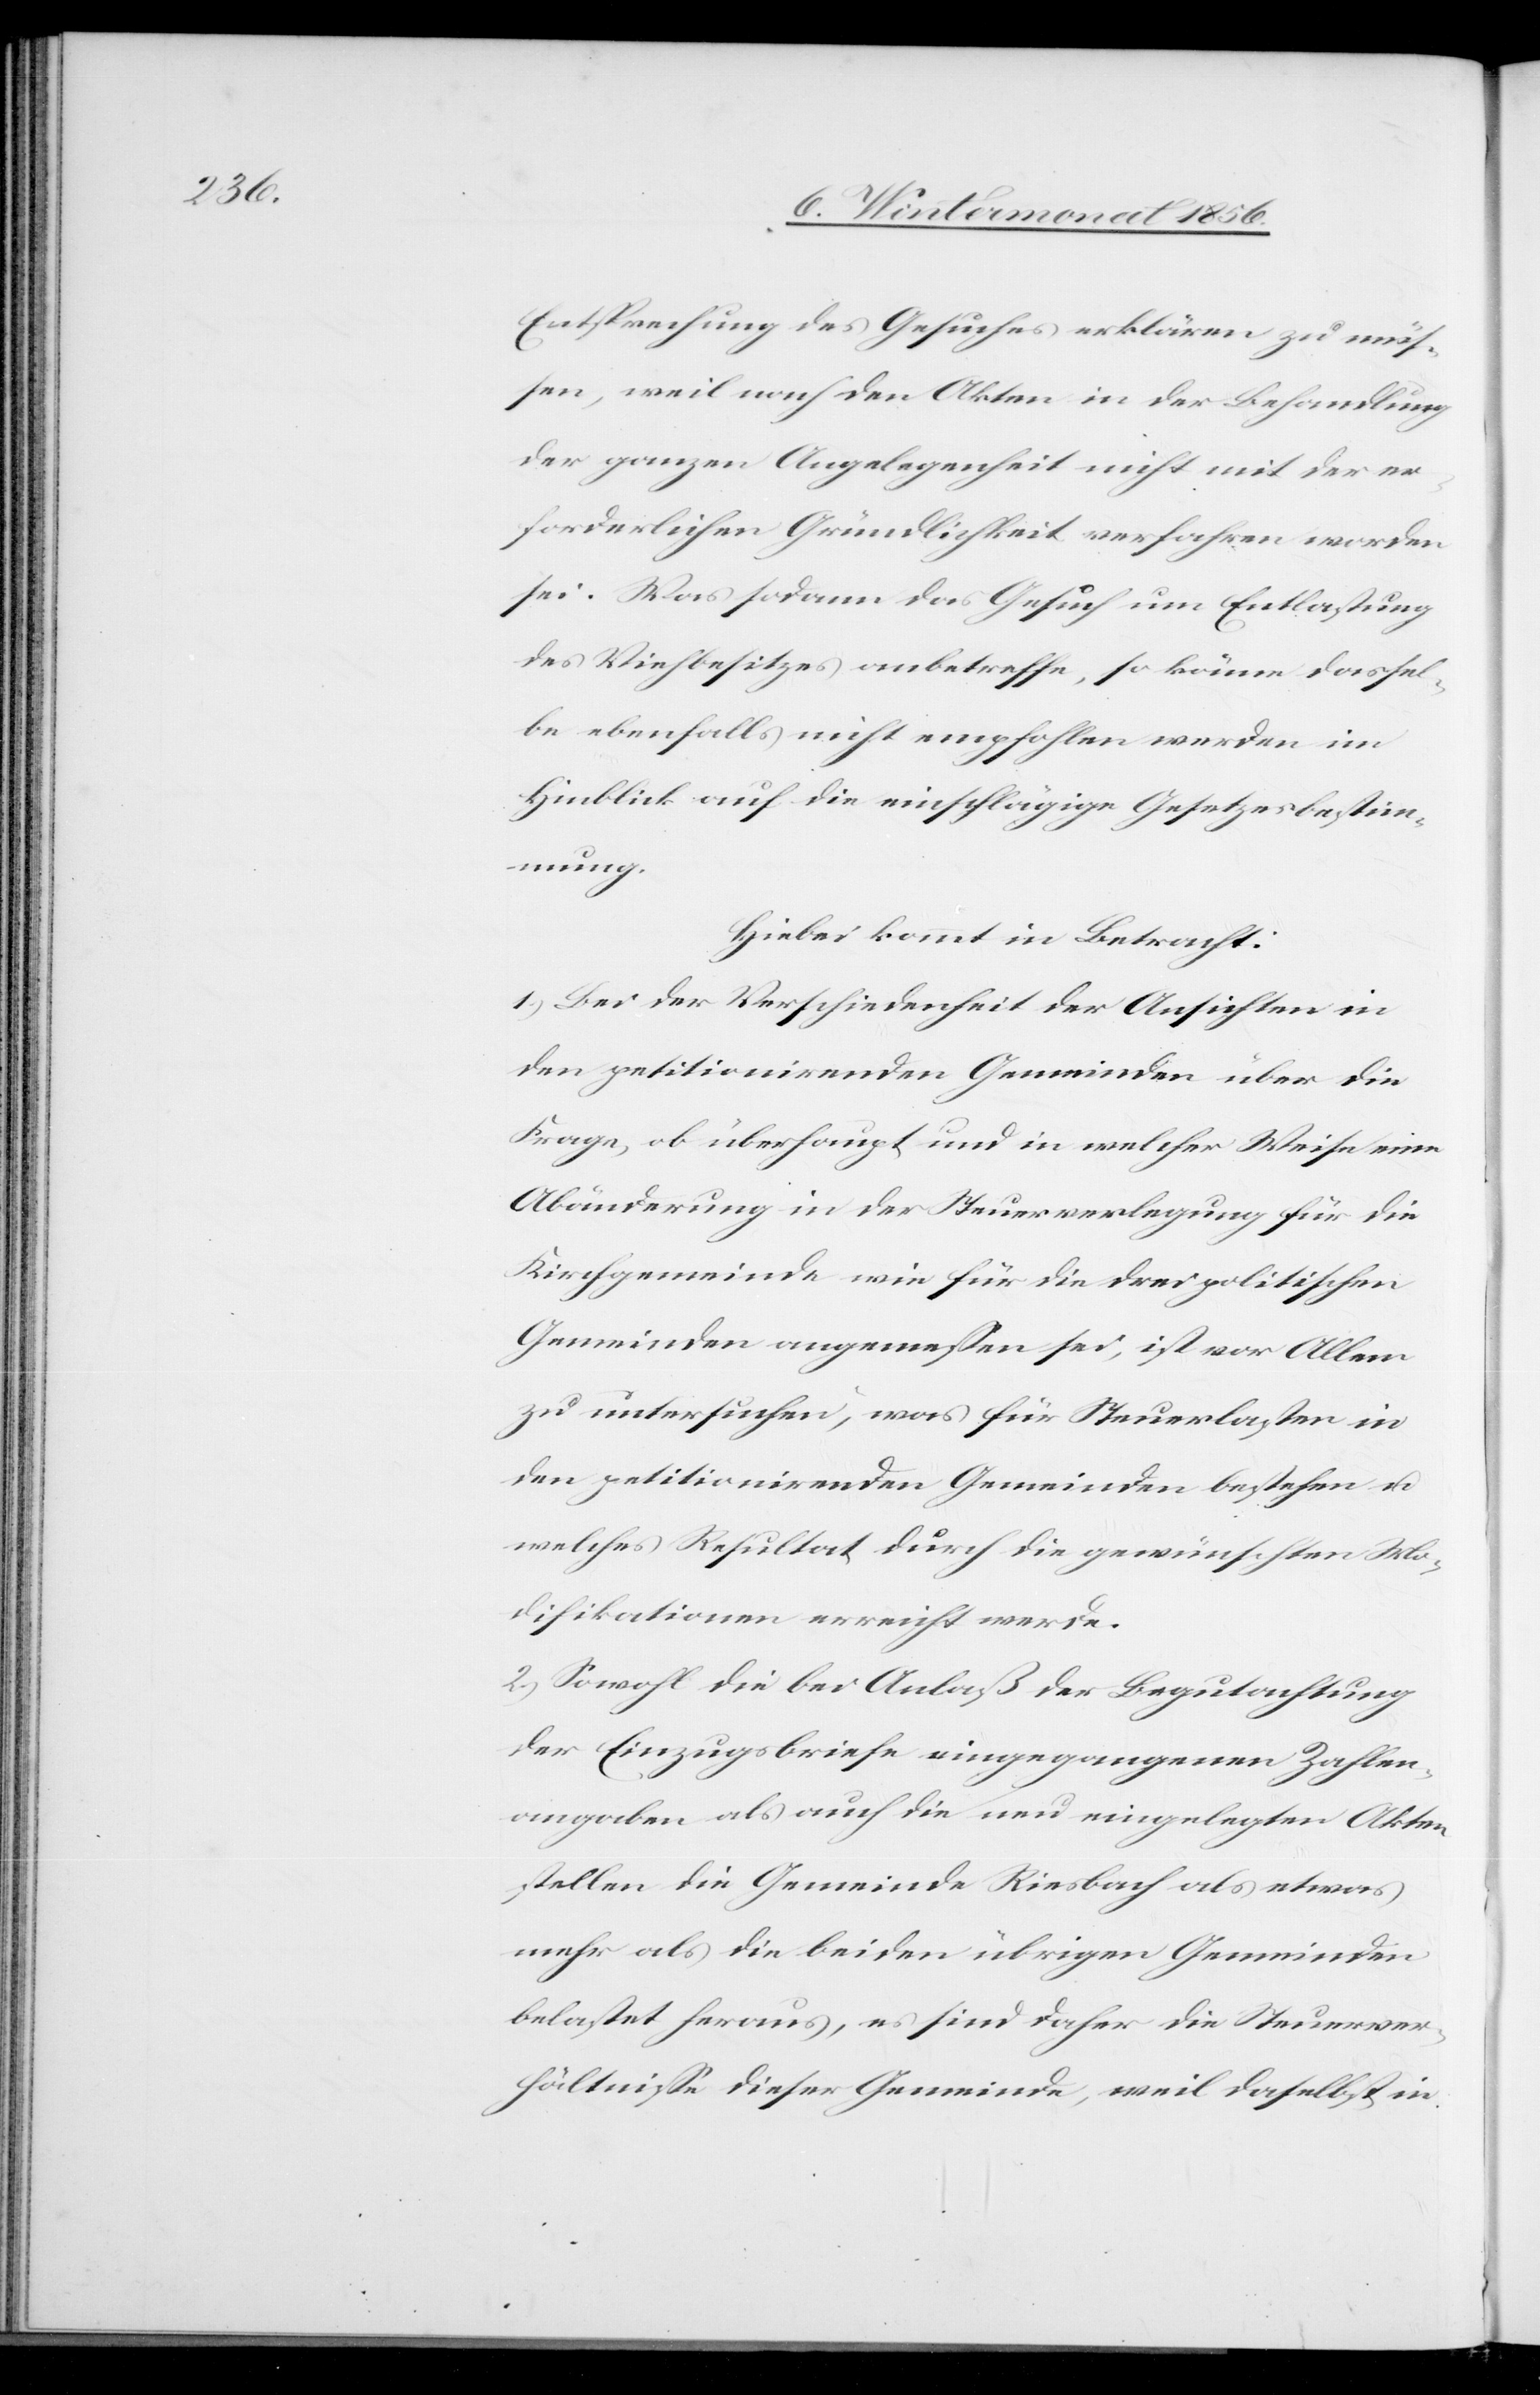
Entsprechung des Gesuches erklären zu müs¬
sen, weil nach den Akten in der Behandlung
der ganzen Angelegenheit nicht mit der er¬
forderlichen Gründlichkeit verfahren worden
sei. Was sodann das Gesuch um Entlastung
des Viehbesitzes anbetreffe, so könne dassel¬
be ebenfalls nicht empfohlen werden im
Hinblick auf die einschlägige Gesetzesbestim¬
mung.
Hiebei kommt in Betracht:
1) Bei der Verschiedenheit der Ansichten in
den petitionirenden Gemeinden über die
Frage, ob überhaupt und in welcher Weise eine
Abänderung in der Steuerverlegung für die
Kirchgemeinde wie für die drei politischen
Gemeinden angemessen sei, ist vor Allem
zu untersuchen, was für Steuerlasten in
den petitionirenden Gemeinden bestehen u.
welches Resultat durch die gewünschten Mo¬
difikationen erreicht werde.
2) Sowohl die bei Anlaß der Begutachtung
der Einzugsbriefe eingegangenen Zahlen¬
angaben als auch die neu eingelegten Akten
stellen die Gemeinde Riesbach als etwas
mehr als die beiden übrigen Gemeinden
belastet heraus, es sind daher die Steuerver¬
hältnisse dieser Gemeinde, weil daselbst in